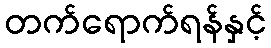
တက်ရောက်ရန်နှင့်